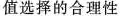
值选择的合理性